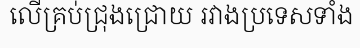
លើគ្រប់ជ្រុងជ្រោយ រវាងប្រទេសទាំង